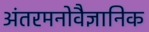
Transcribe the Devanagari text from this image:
अंतरमनोवैज्ञानिक